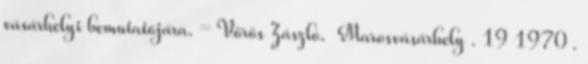
vásárhelyi bemutatójára. = Vörös Zászló. Marosvásárhely . 19 1970 .